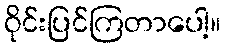
ဝိုင်းပြင်ကြတာပေါ့။